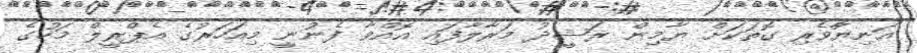
އަނިޔުާވެރި ގޮތަކަށް ޔާމިން ރަޝީދު މަރާލާފައި އޮއްވާ ފެނުނީ މިއަހަރުގެ އެޕްރީލް މަހުގެ